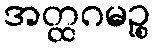
အတ္ထဂမဉ္စ